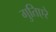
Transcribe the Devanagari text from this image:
गुतिएरे